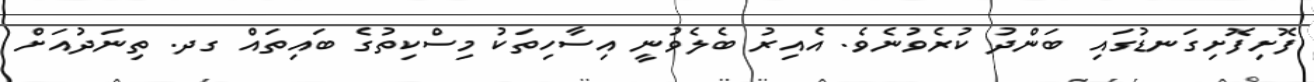
ފޮށިފޮށިގަނޑުގައި ބަންދު ކުރެވުނެވެ. އެއިރު ބެލެވުނީ އިސާހިތަކު މިސްކިތުގެ ބައިތައް ގދ. ތިނަދުއަށް